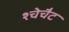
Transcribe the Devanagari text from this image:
श्चेचैट